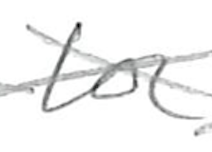
Text: for
Cross-out: cross
Writing tool: pencil